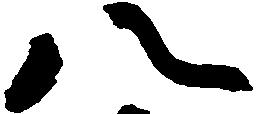
八